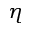
\eta